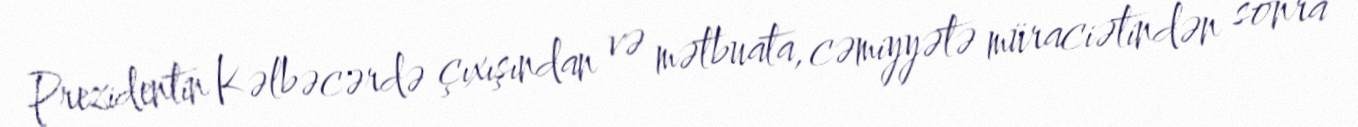
Prezidentin Kəlbəcərdə çıxışından və mətbuata, cəmiyyətə müraciətindən sonra